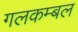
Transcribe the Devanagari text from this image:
गलकम्बल